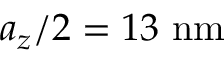
a _ { z } / 2 = 1 3 ~ \mathrm { n m }